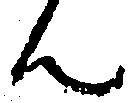
ん